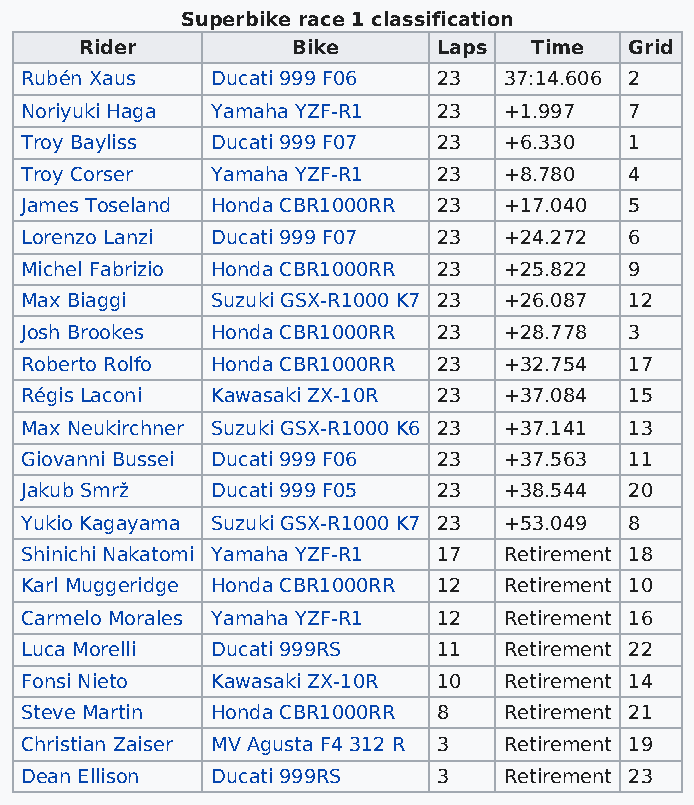
Superbike race 1 classification
 Rider         Bike      Laps  Time   Grid
 Rubén Xaus   Ducati 999 F06 23  37:14.606 2
 Noriyuki Haga Yamaha YZF-R1 23  +1.997   7
 Troy Bayliss Ducati 999 F07 23  +6.330   1
 Troy Corser  Yamaha YZF-R1  23  +8.780   4
 James Toseland Honda CBR1000RR 23 +17.040 5
 Lorenzo Lanzi Ducati 999 F07 23 +24.272  6
 Michel Fabrizio Honda CBR1000RR 23 +25.822 9
 Max Biaggi   Suzuki GSX-R1000 K7 23 +26.087 12
 Josh Brookes Honda CBR1000RR 23 +28.778  3
 Roberto Rolfo Honda CBR1000RR 23 +32.754 17
 Régis Laconi Kawasaki ZX-10R 23 +37.084  15
 Max Neukirchner Suzuki GSX-R1000 K6 23 +37.141 13
 Giovanni Bussei Ducati 999 F06 23 +37.563 11
 Jakub Smrž   Ducati 999 F05 23  +38.544  20
 Yukio Kagayama Suzuki GSX-R1000 K7 23 +53.049 8
 Shinichi Nakatomi Yamaha YZF-R1 17 Retirement 18
 Karl Muggeridge Honda CBR1000RR 12 Retirement 10
 Carmelo Morales Yamaha YZF-R1 12 Retirement 16
 Luca Morelli Ducati 999RS   11  Retirement 22
 Fonsi Nieto  Kawasaki ZX-10R 10 Retirement 14
 Steve Martin Honda CBR1000RR 8  Retirement 21
 Christian Zaiser MV Agusta F4 312 R 3 Retirement 19
 Dean Ellison Ducati 999RS   3   Retirement 23